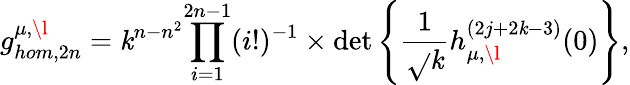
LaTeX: g_{hom,2n}^{\mu,\l}=\mathit{k}^{n-n^{2}}{\prod_{i=1}^{2n-1}(i!)^{-1}}\times\operatorname*{det}\left\{ \frac{{1}}{{\sqrt{}{{\mathit{k}}}}}h_{\mu,\l}^{(2j+2\mathit{k}-3)}(0)\right\} ,